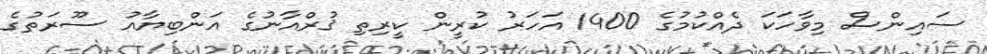
ސައިންސް މިވާހަކަ ދެއްކުމުގެ 1400 އަހަރު ކުރީން ކީރިތި ޤުރްއާނުގެ އަންބިޔާއު ސޫރަތުގެ